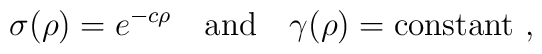
\sigma(\rho)= e^{-c\rho} \quad {\rm and} \quad \gamma(\rho)       = {\rm constant}~,